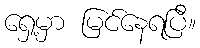
ရှေ့မှာ မြင်နေရပြီ။